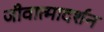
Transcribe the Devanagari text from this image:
जीवात्मादर्शन